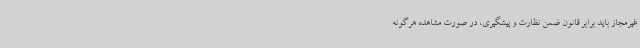
غیرمجاز باید برابر قانون ضمن نظارت و پیشگیری، در صورت مشاهده هرگونه